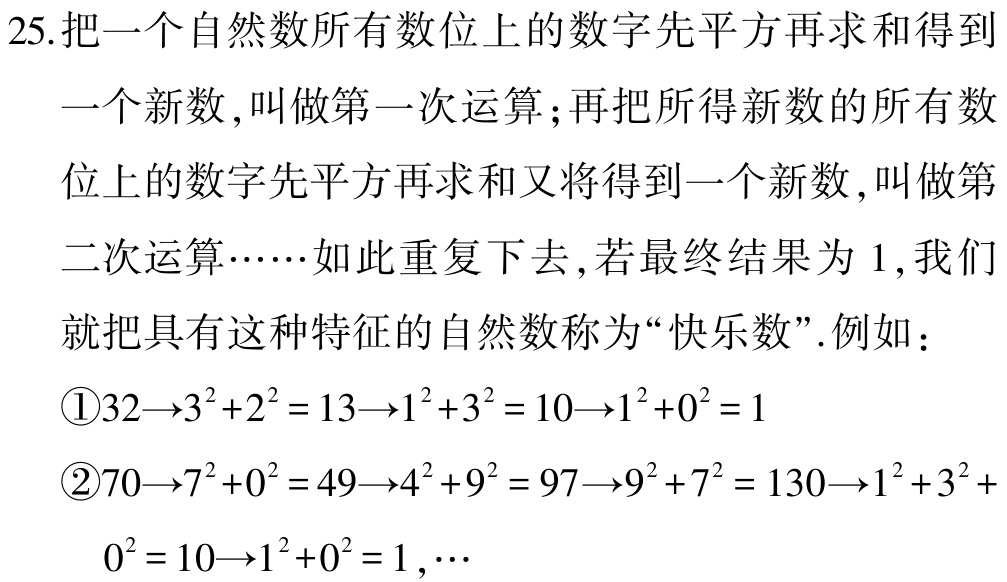
25. 把一个自然数所有数位上的数字先平方再求和得到

一个新数，叫做第一次运算；再把所得新数的所有数

位上的数字先平方再求和又将得到一个新数，叫做第

二次运算……如此重复下去，若最终结果为 1，我们

就把具有这种特征的自然数称为“快乐数”. 例如：

\textcircled{1}\(32\rightarrow3^{2}+2^{2}=13\rightarrow1^{2}+3^{2}=10\rightarrow1^{2}+0^{2}=1\)

\textcircled{2}\(70\rightarrow7^{2}+0^{2}=49\rightarrow4^{2}+9^{2}=97\rightarrow9^{2}+7^{2}=130\rightarrow1^{2}+3^{2}+

0^{2}=10\rightarrow1^{2}+0^{2}=1,\cdots\)